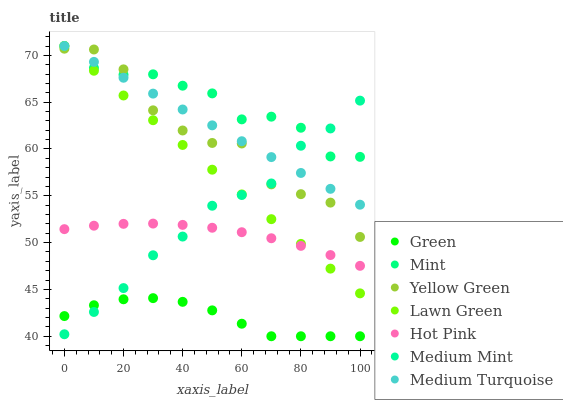
| xaxis_label | Green | Mint | Yellow Green | Lawn Green | Hot Pink | Medium Mint | Medium Turquoise |
 | --- | --- | --- | --- | --- | --- | --- | --- |
 | 0 | 42.2 | 71 | 70.7 | 71 | 51.4 | 40.2 | 71 |
 | 10 | 43.3 | 68.7 | 70.6 | 68.4 | 51.8 | 42.6 | 69.3 |
 | 20 | 43.9 | 67.9 | 68.5 | 65.7 | 52 | 45.1 | 67.6 |
 | 30 | 44.1 | 68 | 64.1 | 63.1 | 52 | 48.6 | 65.9 |
 | 40 | 43.7 | 66.8 | 62 | 60.4 | 51.9 | 50.6 | 64.2 |
 | 50 | 42.8 | 65.9 | 60.6 | 57.8 | 51.6 | 53.9 | 62.5 |
 | 60 | 41.3 | 63.2 | 60.6 | 55.1 | 51.1 | 55.1 | 60.8 |
 | 70 | 40 | 63.5 | 56.2 | 52.5 | 50.5 | 56.3 | 59.1 |
 | 80 | 40 | 62.3 | 55.2 | 49.9 | 49.7 | 60.3 | 57.4 |
 | 90 | 40 | 59.2 | 54.3 | 47.2 | 48.7 | 62.2 | 55.7 |
 | 100 | 40 | 59.2 | 50.6 | 44.6 | 47.5 | 65.2 | 54.1 |